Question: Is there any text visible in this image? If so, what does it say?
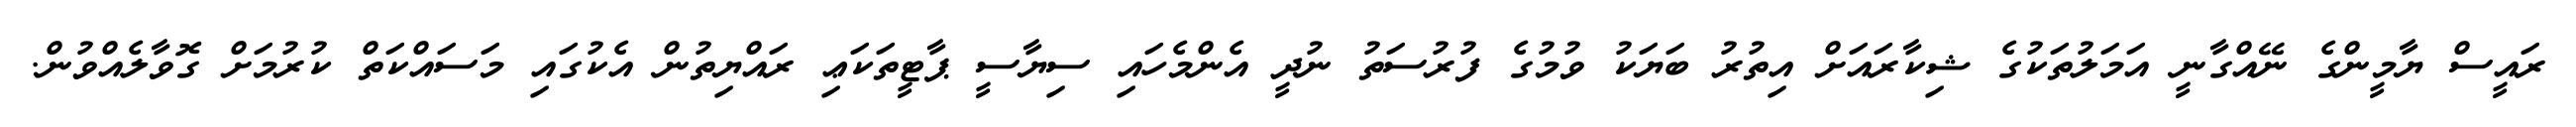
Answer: ރައީސް ޔާމީންގެ ނޭއްގާނީ އަމަލުތަކުގެ ޝިކާރައަށް އިތުރު ބަޔަކު ވުމުގެ ފުރުސަތު ނުދީ އެންމެހައި ސިޔާސީ ޕާޓީތަކަޢި ރައްޔިތުން އެކުގައި މަސައްކަތް ކުރުމަށް ގޮވާލެއްވުން.